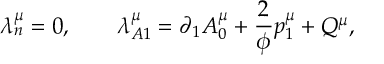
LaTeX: \lambda _ { n } ^ { \mu } = 0 , \qquad \lambda _ { A 1 } ^ { \mu } = \partial _ { 1 } A _ { 0 } ^ { \mu } + \frac 2 \phi p _ { 1 } ^ { \mu } + Q ^ { \mu } ,